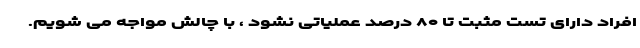
افراد دارای تست مثبت تا ۸۰ درصد عملیاتی نشود ، با چالش مواجه می شویم.